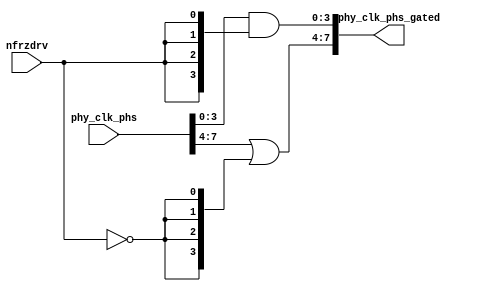
// This program was cloned from: https://github.com/chipsalliance/aib-phy-hardware
// License: Apache License 2.0

// SPDX-License-Identifier: Apache-2.0
// Copyright (C) 2019 Intel Corporation. 
//------------------------------------------------------------------------
//
// Revision:    $Revision: #1 $
//------------------------------------------------------------------------
// Description: gated 8 clock phases for powerdown and regulator power domain crossing
//
//------------------------------------------------------------------------

module io_pa_phs_gated (
input          nfrzdrv,           	// power down active low
input    [7:0] phy_clk_phs,             // 8 phase 1.6GHz local clock
output   [7:0] phy_clk_phs_gated        // gated 8 phase 1.6GHz local clock
);

`ifdef TIMESCALE_EN
                timeunit 1ps;
                timeprecision 1ps;
`endif

parameter  INV_DELAY      = 15;  // 15ps

assign #(2 * INV_DELAY) phy_clk_phs_gated[3:0] = phy_clk_phs[3:0] & {4{nfrzdrv}};
assign #(2 * INV_DELAY) phy_clk_phs_gated[7:4] = phy_clk_phs[7:4] | {4{~nfrzdrv}};

endmodule